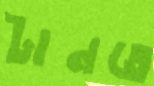
টানতে